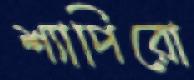
শ্যাপিরো